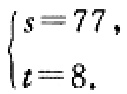
$\begin{cases}s = 77,\\t = 8.\end{cases}$